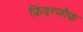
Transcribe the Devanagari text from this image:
फ्रिद्त्जोफ़